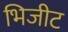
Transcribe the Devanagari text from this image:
भिजीट